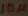
Text: 10µ